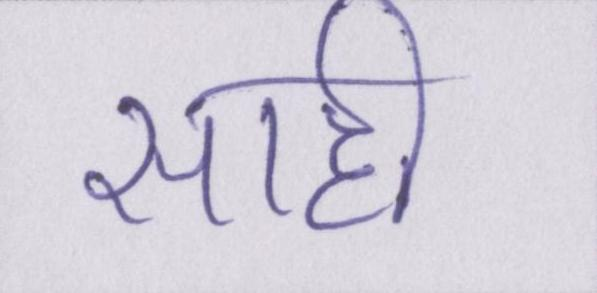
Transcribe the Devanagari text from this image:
साही